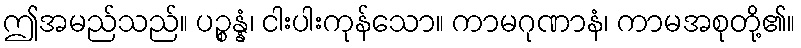
ဤအမည်သည်။ ပဉ္စန္နံ၊ ငါးပါးကုန်သော။ ကာမဂုဏာနံ၊ ကာမအစုတို့၏။